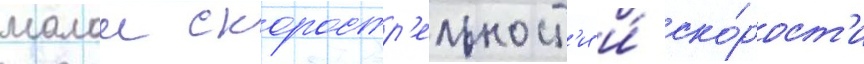
малои скоростр'ельност'и и́ ско́рост'и